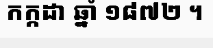
កក្កដា ឆ្នាំ ១៨៧២ ។